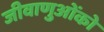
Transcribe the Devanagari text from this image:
जीवाणुओंको